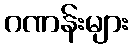
ဂဏန်းများ